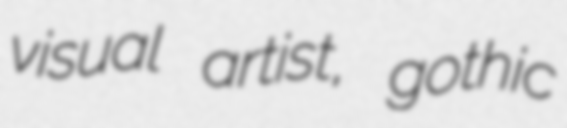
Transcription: visual artist, gothic